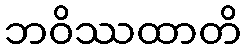
ဘဝိဿထာတိ